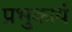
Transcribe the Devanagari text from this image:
प्रभुकार्य